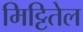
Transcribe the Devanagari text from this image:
मिट्टितेल